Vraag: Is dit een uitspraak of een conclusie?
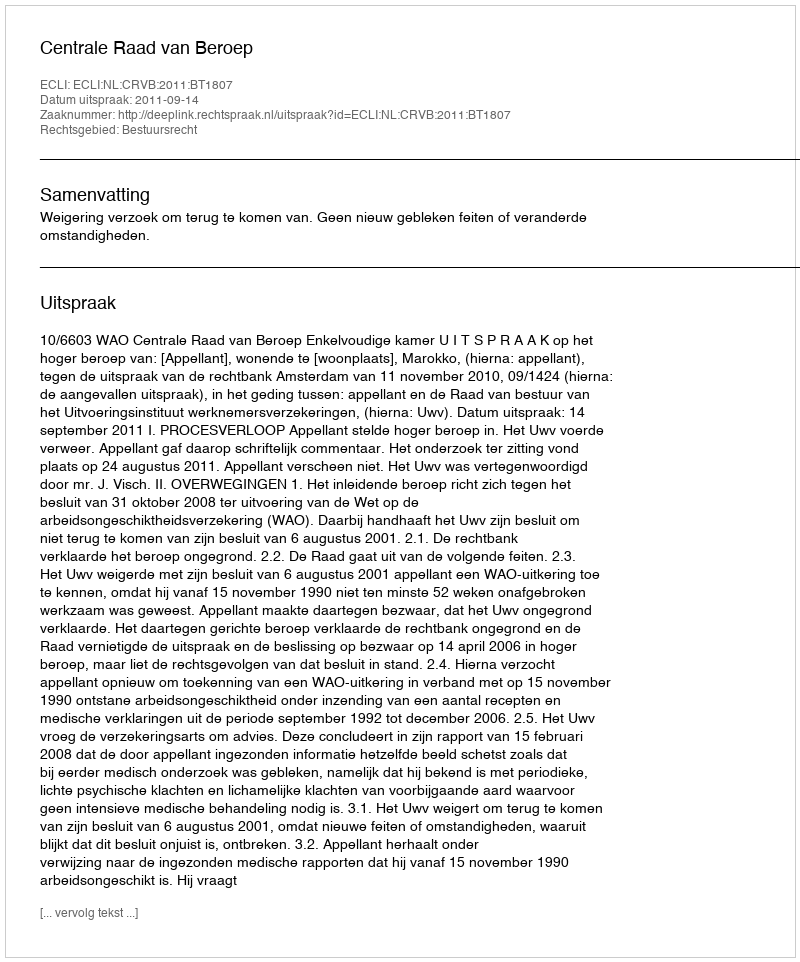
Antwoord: Uitspraak